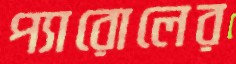
প্যারোলের